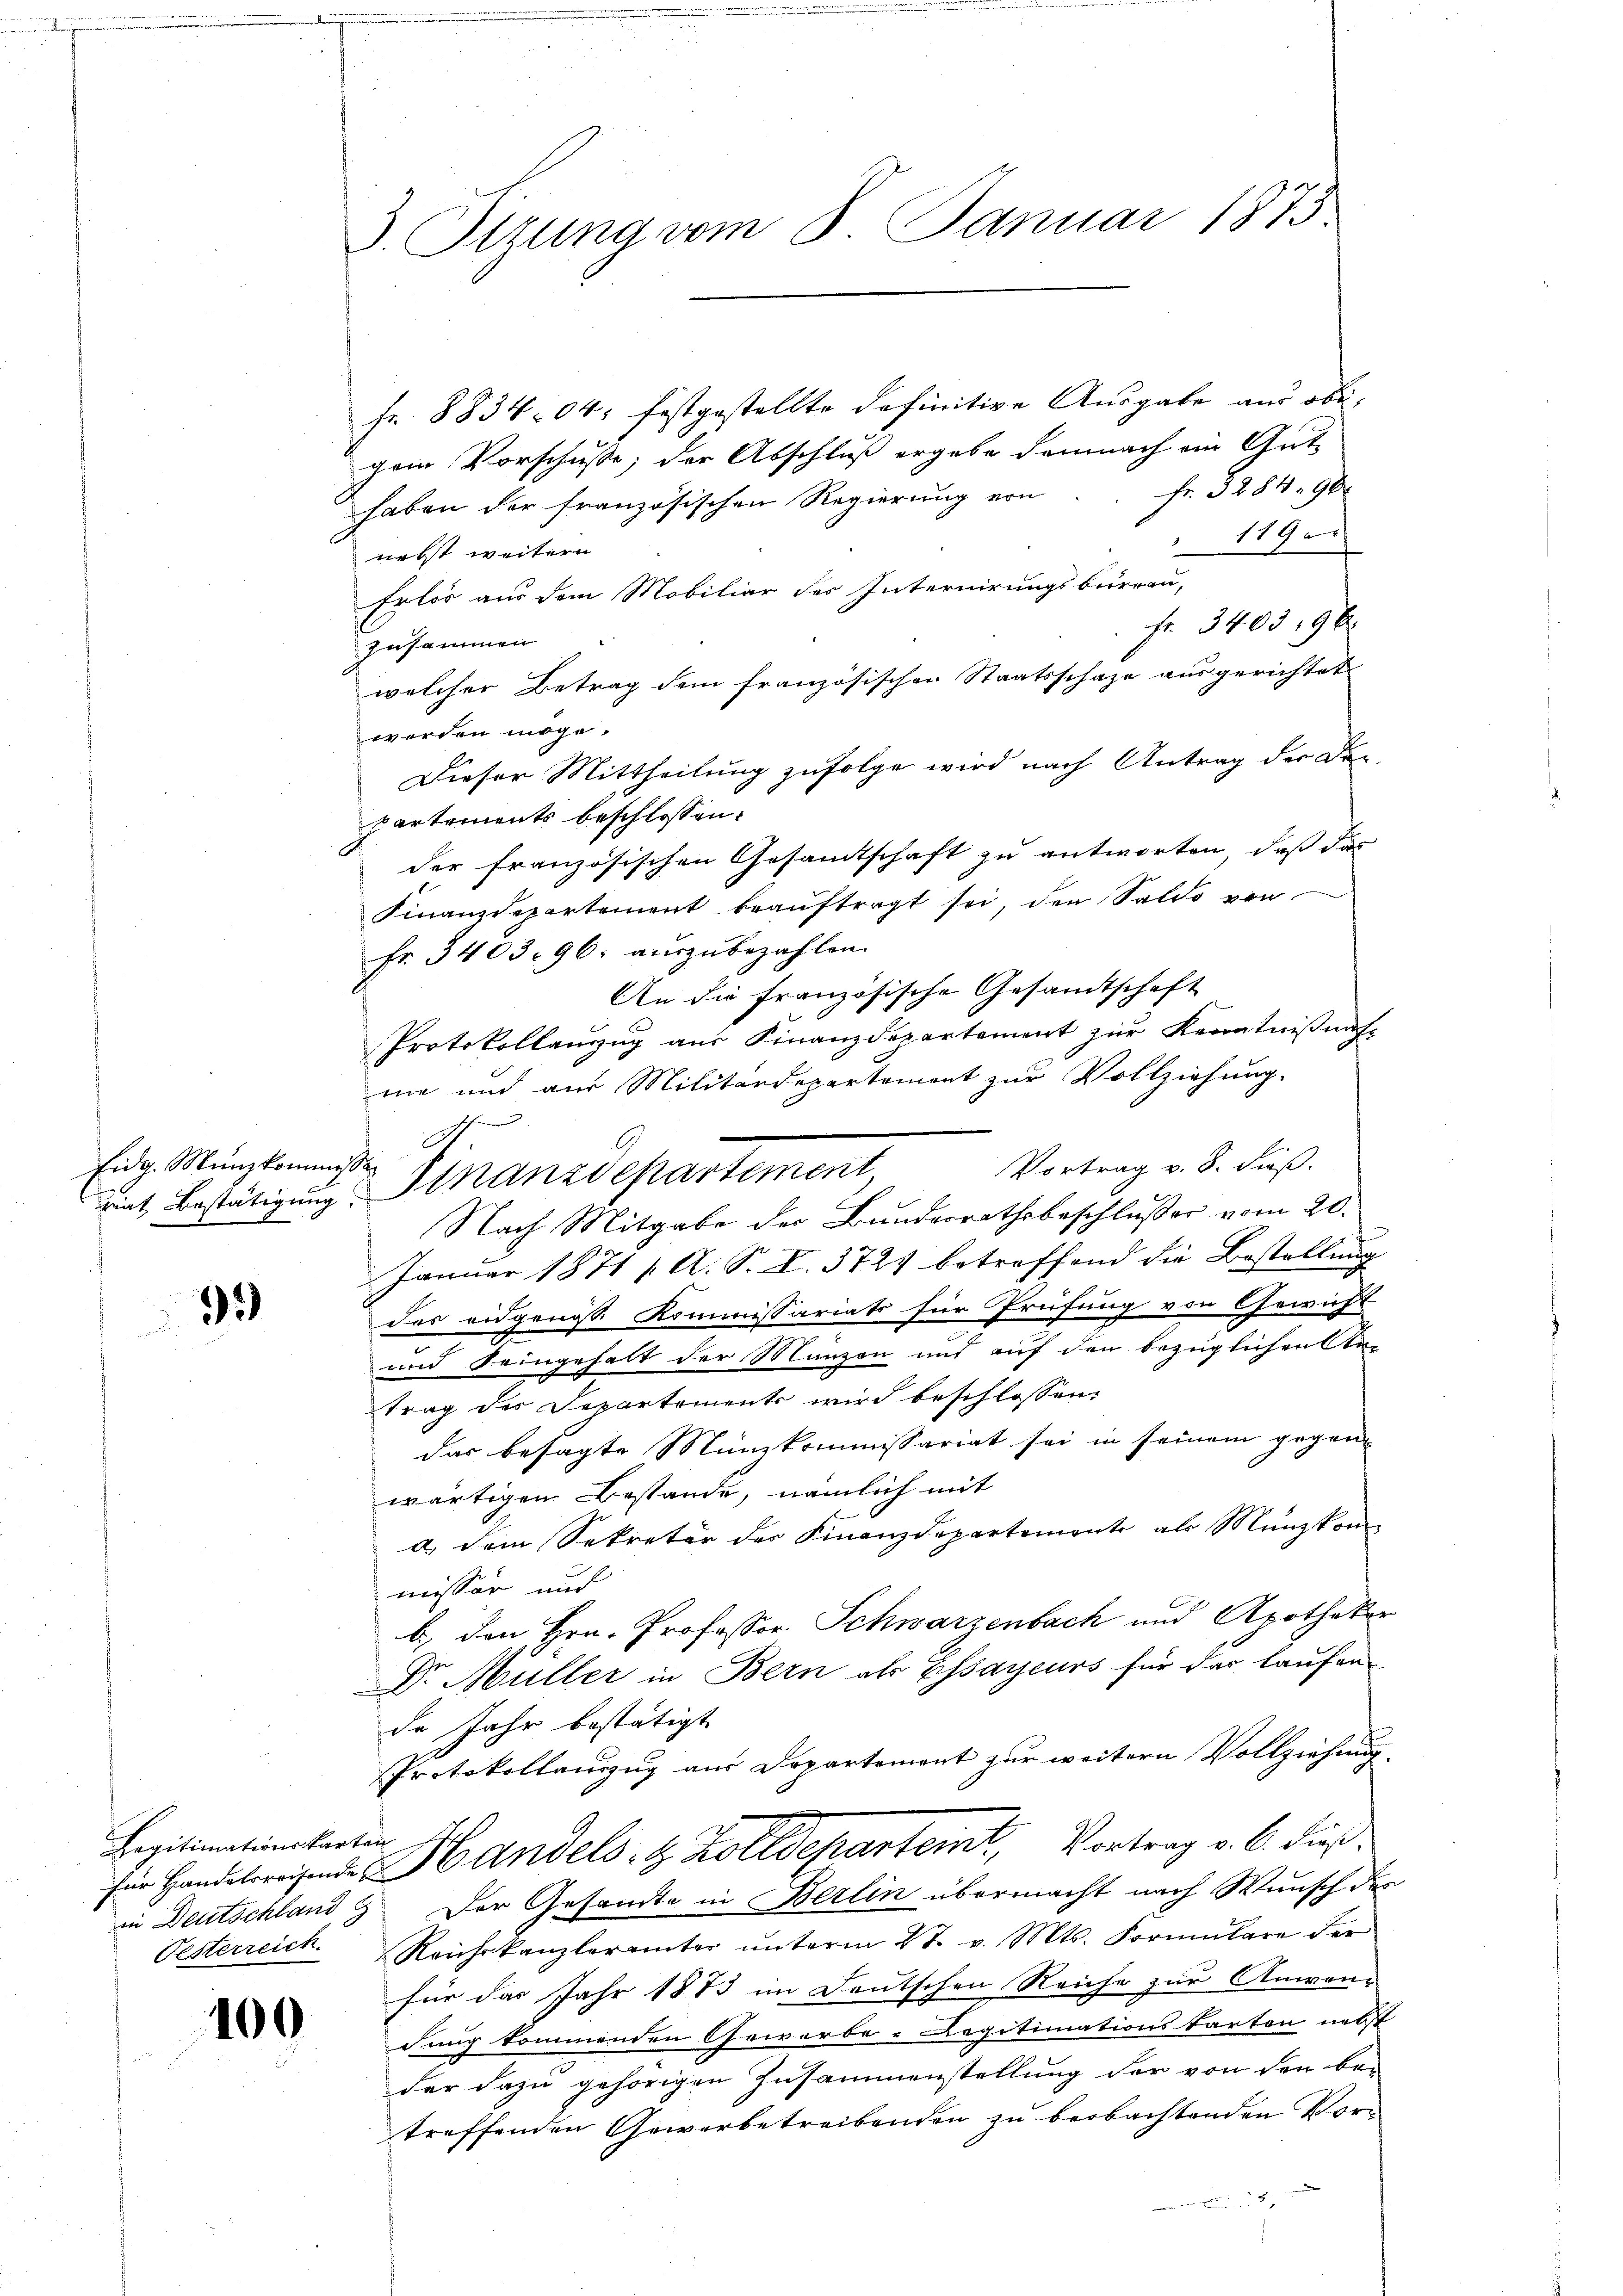
Eidg. Münzkommissi

99

Legitimationskarten

100

3. Otzung vom 8. Januar 1873.

fr. 8834 04: festgestellte definitive Ausgabe aus obe
gem Vorschusse; der Abschluß ergebe demnach ein Gut-
Fr. 3284, 96
haben der französischen Regierung von
1190
nebst weitern
Erlös aus dem Mobiliar des Internirungsbureau,
fr. 340396
zusammen
welcher Betrag dem französischen Staatsschafe ausgerichtet
werden möge.
Dieser Mittheilung zufolge wird nach Antrag der Departements beschlossen:
der französischen Gesandtschaft zu antworten, daß das
Finanzdepartement beaŭftragt sei, den Saldo von
fr. 3403: 96. auszubezahlen.
An die französische Gesandtschaft
Protokollanzug aus Finanzdepartement zur Kenntnißnahme und aus Militärdepartement zur Vollziehung.
Vortrag v. 8. dieß.
Nach Mitgabe der Bundesrathsbeschlußes vom 20.
Januar 1871 [ A. S. V. 3727 betreffend die Bestellung
des eidgenoss. Kommissariats für Prüfung von Gewicht
und Seingehalt der Münzen und auf den bezüglichen An-
trag des Departements wird beschlossen:
das besagte Münzkommissariat sei in seinem gegen
wärtigen Bestande, nämlich mit
d Dein Sekretär der Finanzdepartemente als Münzkom
missär und
b.) Den Hrn. Professor Schwarzenbach und Apothekor
Dr. Müller in Bern als Essayeurs für das laufen
de Jahr bestätigt
Protokollauszug aus Departement zur weitern Vollziehung,
für Handeleisende Handels- & Zolldepartemt, Vortrag v. 6. dießin Deutschland 9 Der Gesandte in Berlin übermacht nach Wunsch des
Pesterreich. Reichskanzleramter ŭnterm 27. v. Mts. Formŭlare der
für das Jahr 1873 im Deutschen Reiche zur Anwen-
dung kommenden Gewerbe - Legitimationskarten nebst
der dazu gehörigen Zusammenstellung der von den be-
treffenden Gewerbetreibenden zu beobachtenden Vorn
2.

.
c
G
riat Bestätigung Stnanzdepartement,